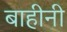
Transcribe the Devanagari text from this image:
बाहीनी